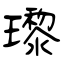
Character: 瓈